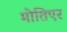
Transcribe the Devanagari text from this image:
मोतिएर